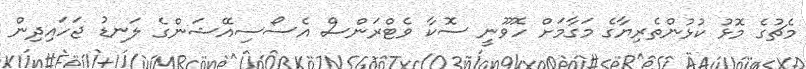
މެޗުގެ މޮޅު ކުޅުންތެރިޔާގެ މަގާމަށް ހޮވޫނީ ސޮކާ ވެޓްރަންސް އެސޯސިއޭޝަންގެ ލަނޑު ޖަހައިދިން